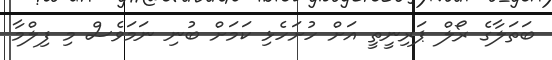
ބަތަލާގެ ރޯލް ޕަރިނީތީ އަށް ހުށަހެޅި ކަމަށް ބުނި ނަމަވެސް މި ފިލްމާ